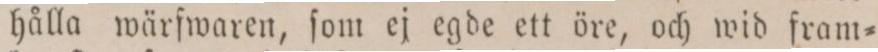
hålla wärfwaren, ſom ej egde ett öre, och wid fram=